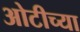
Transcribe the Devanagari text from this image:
ओटीच्या